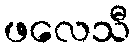
ဖလေသီ